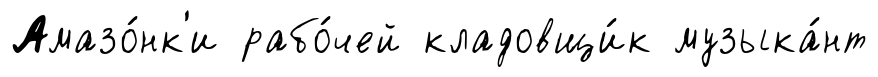
Амазо́нк'и рабо́чей кладовщи́к музыка́нт